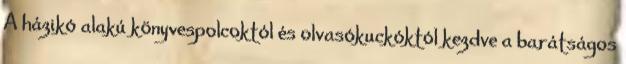
A házikó alakú könyvespolcoktól és olvasókuckóktól kezdve a barátságos